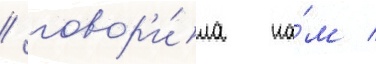
/ говор'и́ла на́м /